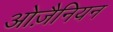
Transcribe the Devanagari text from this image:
ओज़ैनियन